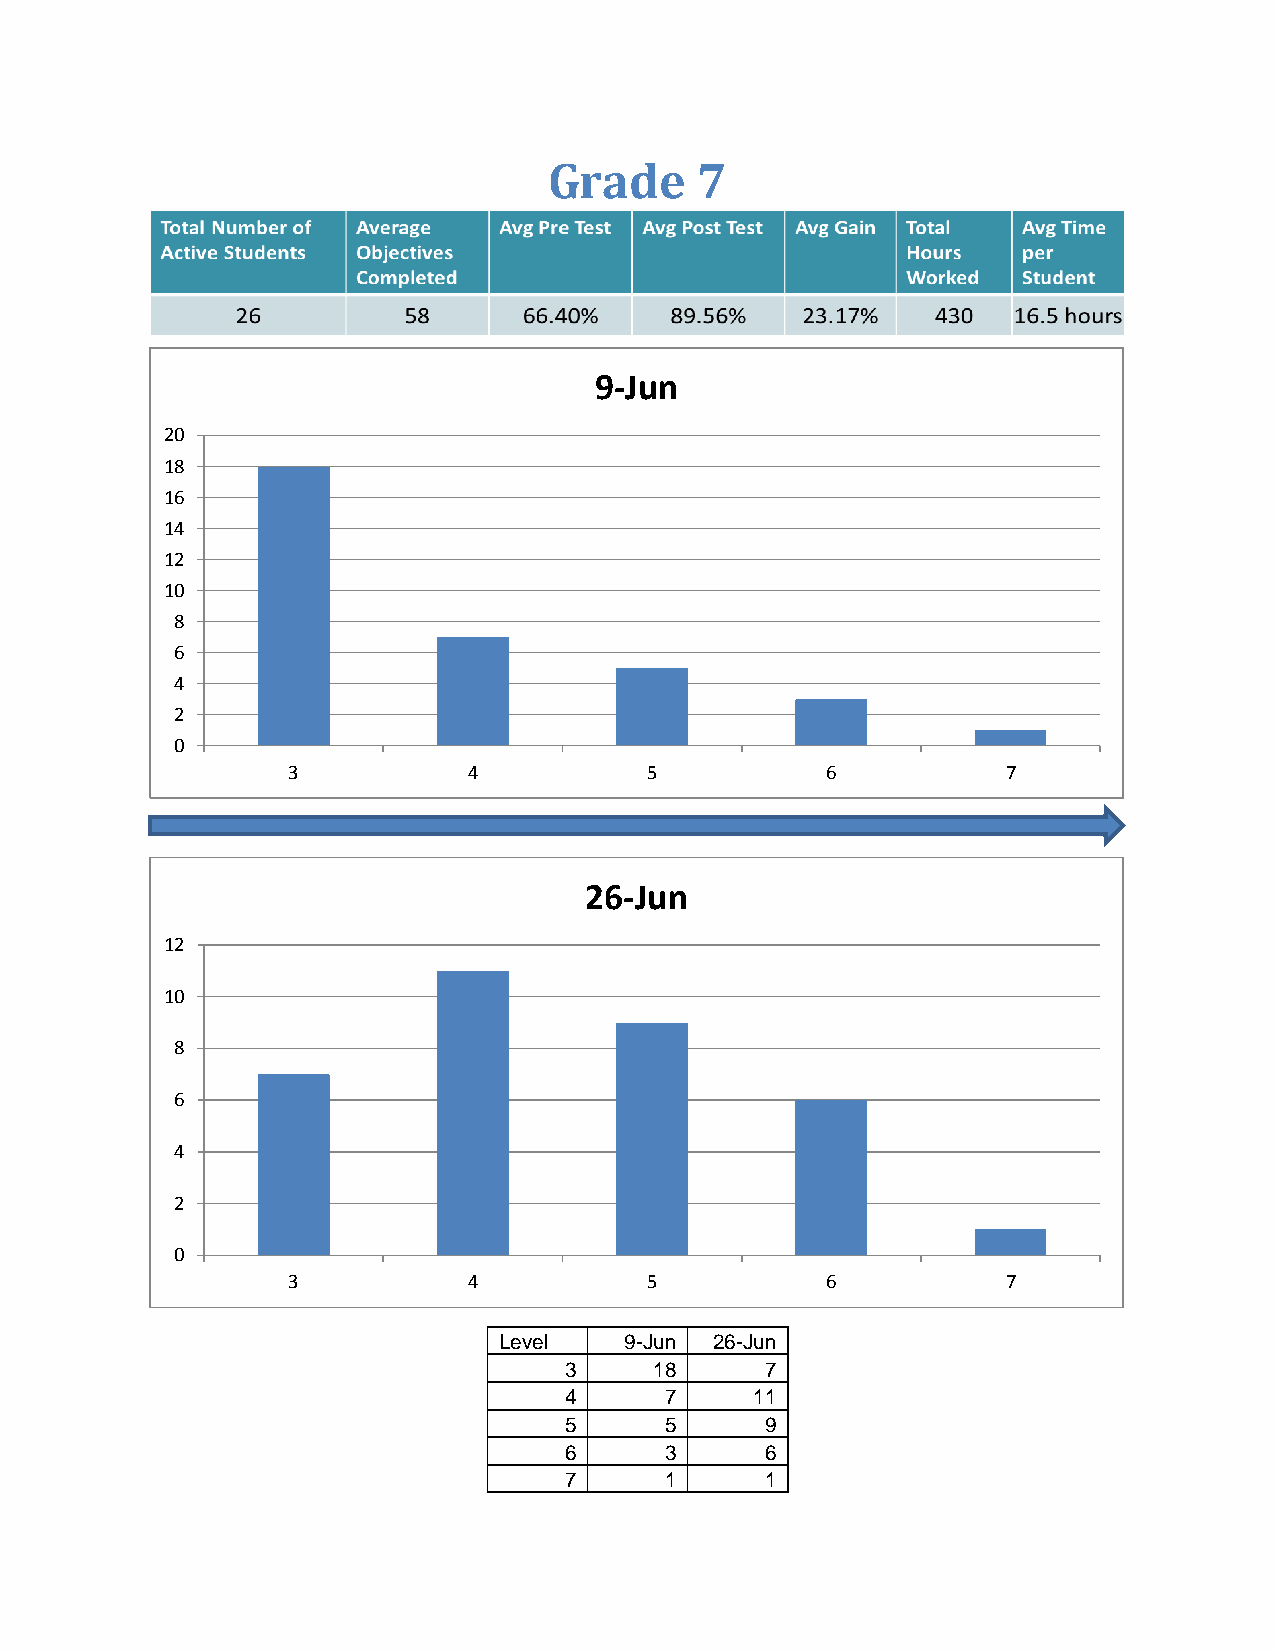
Grade     7
 9-Jun
 20
 18
 16
 14
 12
 10
 8
 6
 4
 2
 0
 3           4           5           6           7
 26-Jun
 12
 10
 8
 6
 4
 2
 0
 3           4           5           6           7
 Level   9-Jun 26-Jun
 3     18      7
 4      7     11
 5      5      9
 6      3      6
 7      1      1